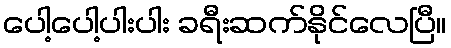
ပေါ့ပေါ့ပါးပါး ခရီးဆက်နိုင်လေပြီ။